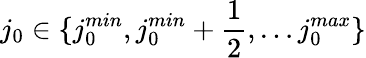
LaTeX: j_{0}\in\{ j_{0}^{min},j_{0}^{min}+\frac{1}{2},\dots j_{0}^{max}\}